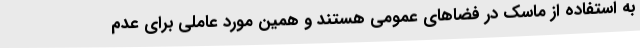
به استفاده از ماسک در فضاهای عمومی هستند و همین مورد عاملی برای عدم